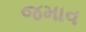
જમાવ